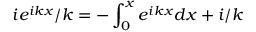
i e ^ { i k x } / k = - \int _ { 0 } ^ { x } e ^ { i k x } d x + i / k